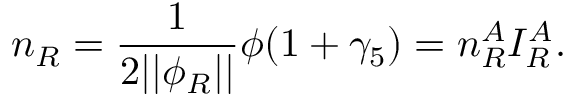
n _ { R } = \frac 1 { 2 | | \phi _ { R } | | } \phi ( 1 + \gamma _ { 5 } ) = n _ { R } ^ { A } I _ { R } ^ { A } .